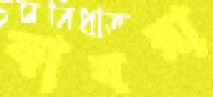
কাবরা